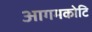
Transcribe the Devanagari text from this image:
आगमकोटि